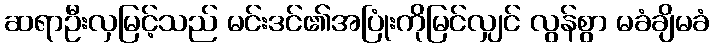
ဆရာဦးလှမြင့်သည် မင်းဒင်၏အပြုံးကိုမြင်လျှင် လွန်စွာ မခံချိမခံ